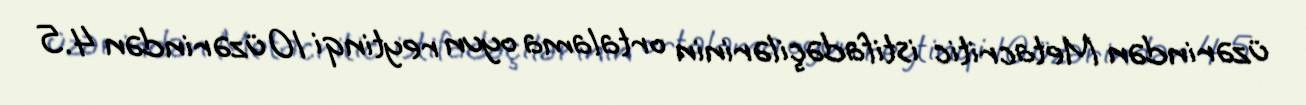
üzərindən Metacritic istifadəçilərinin ortalama oyun reytinqi 10 üzərindən 4.5